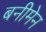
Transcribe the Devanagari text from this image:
बनीमेन